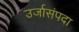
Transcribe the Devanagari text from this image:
उर्जासंपदा